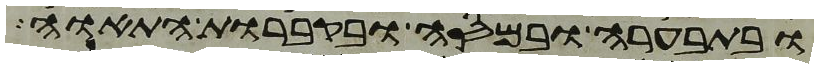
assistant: ובתבערה ובמסה ובקברות התאוה